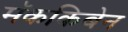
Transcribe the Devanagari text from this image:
मॅककिबेन